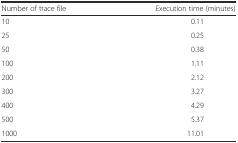
<table><thead><tr><td><b>Number of trace file</b></td><td><b>Execution time (minutes)</b></td></tr></thead><tbody><tr><td>10</td><td>0.11</td></tr><tr><td>25</td><td>0.25</td></tr><tr><td>50</td><td>0.38</td></tr><tr><td>100</td><td>1.11</td></tr><tr><td>200</td><td>2.12</td></tr><tr><td>300</td><td>3.27</td></tr><tr><td>400</td><td>4.29</td></tr><tr><td>500</td><td>5.37</td></tr><tr><td>1000</td><td>11.01</td></tr></tbody></table>